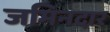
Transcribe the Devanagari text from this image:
जमिनदार